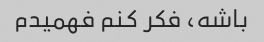
باشه، فکر کنم فهمیدم